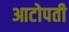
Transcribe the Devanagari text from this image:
आटोपती